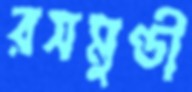
রসমুণ্ডী